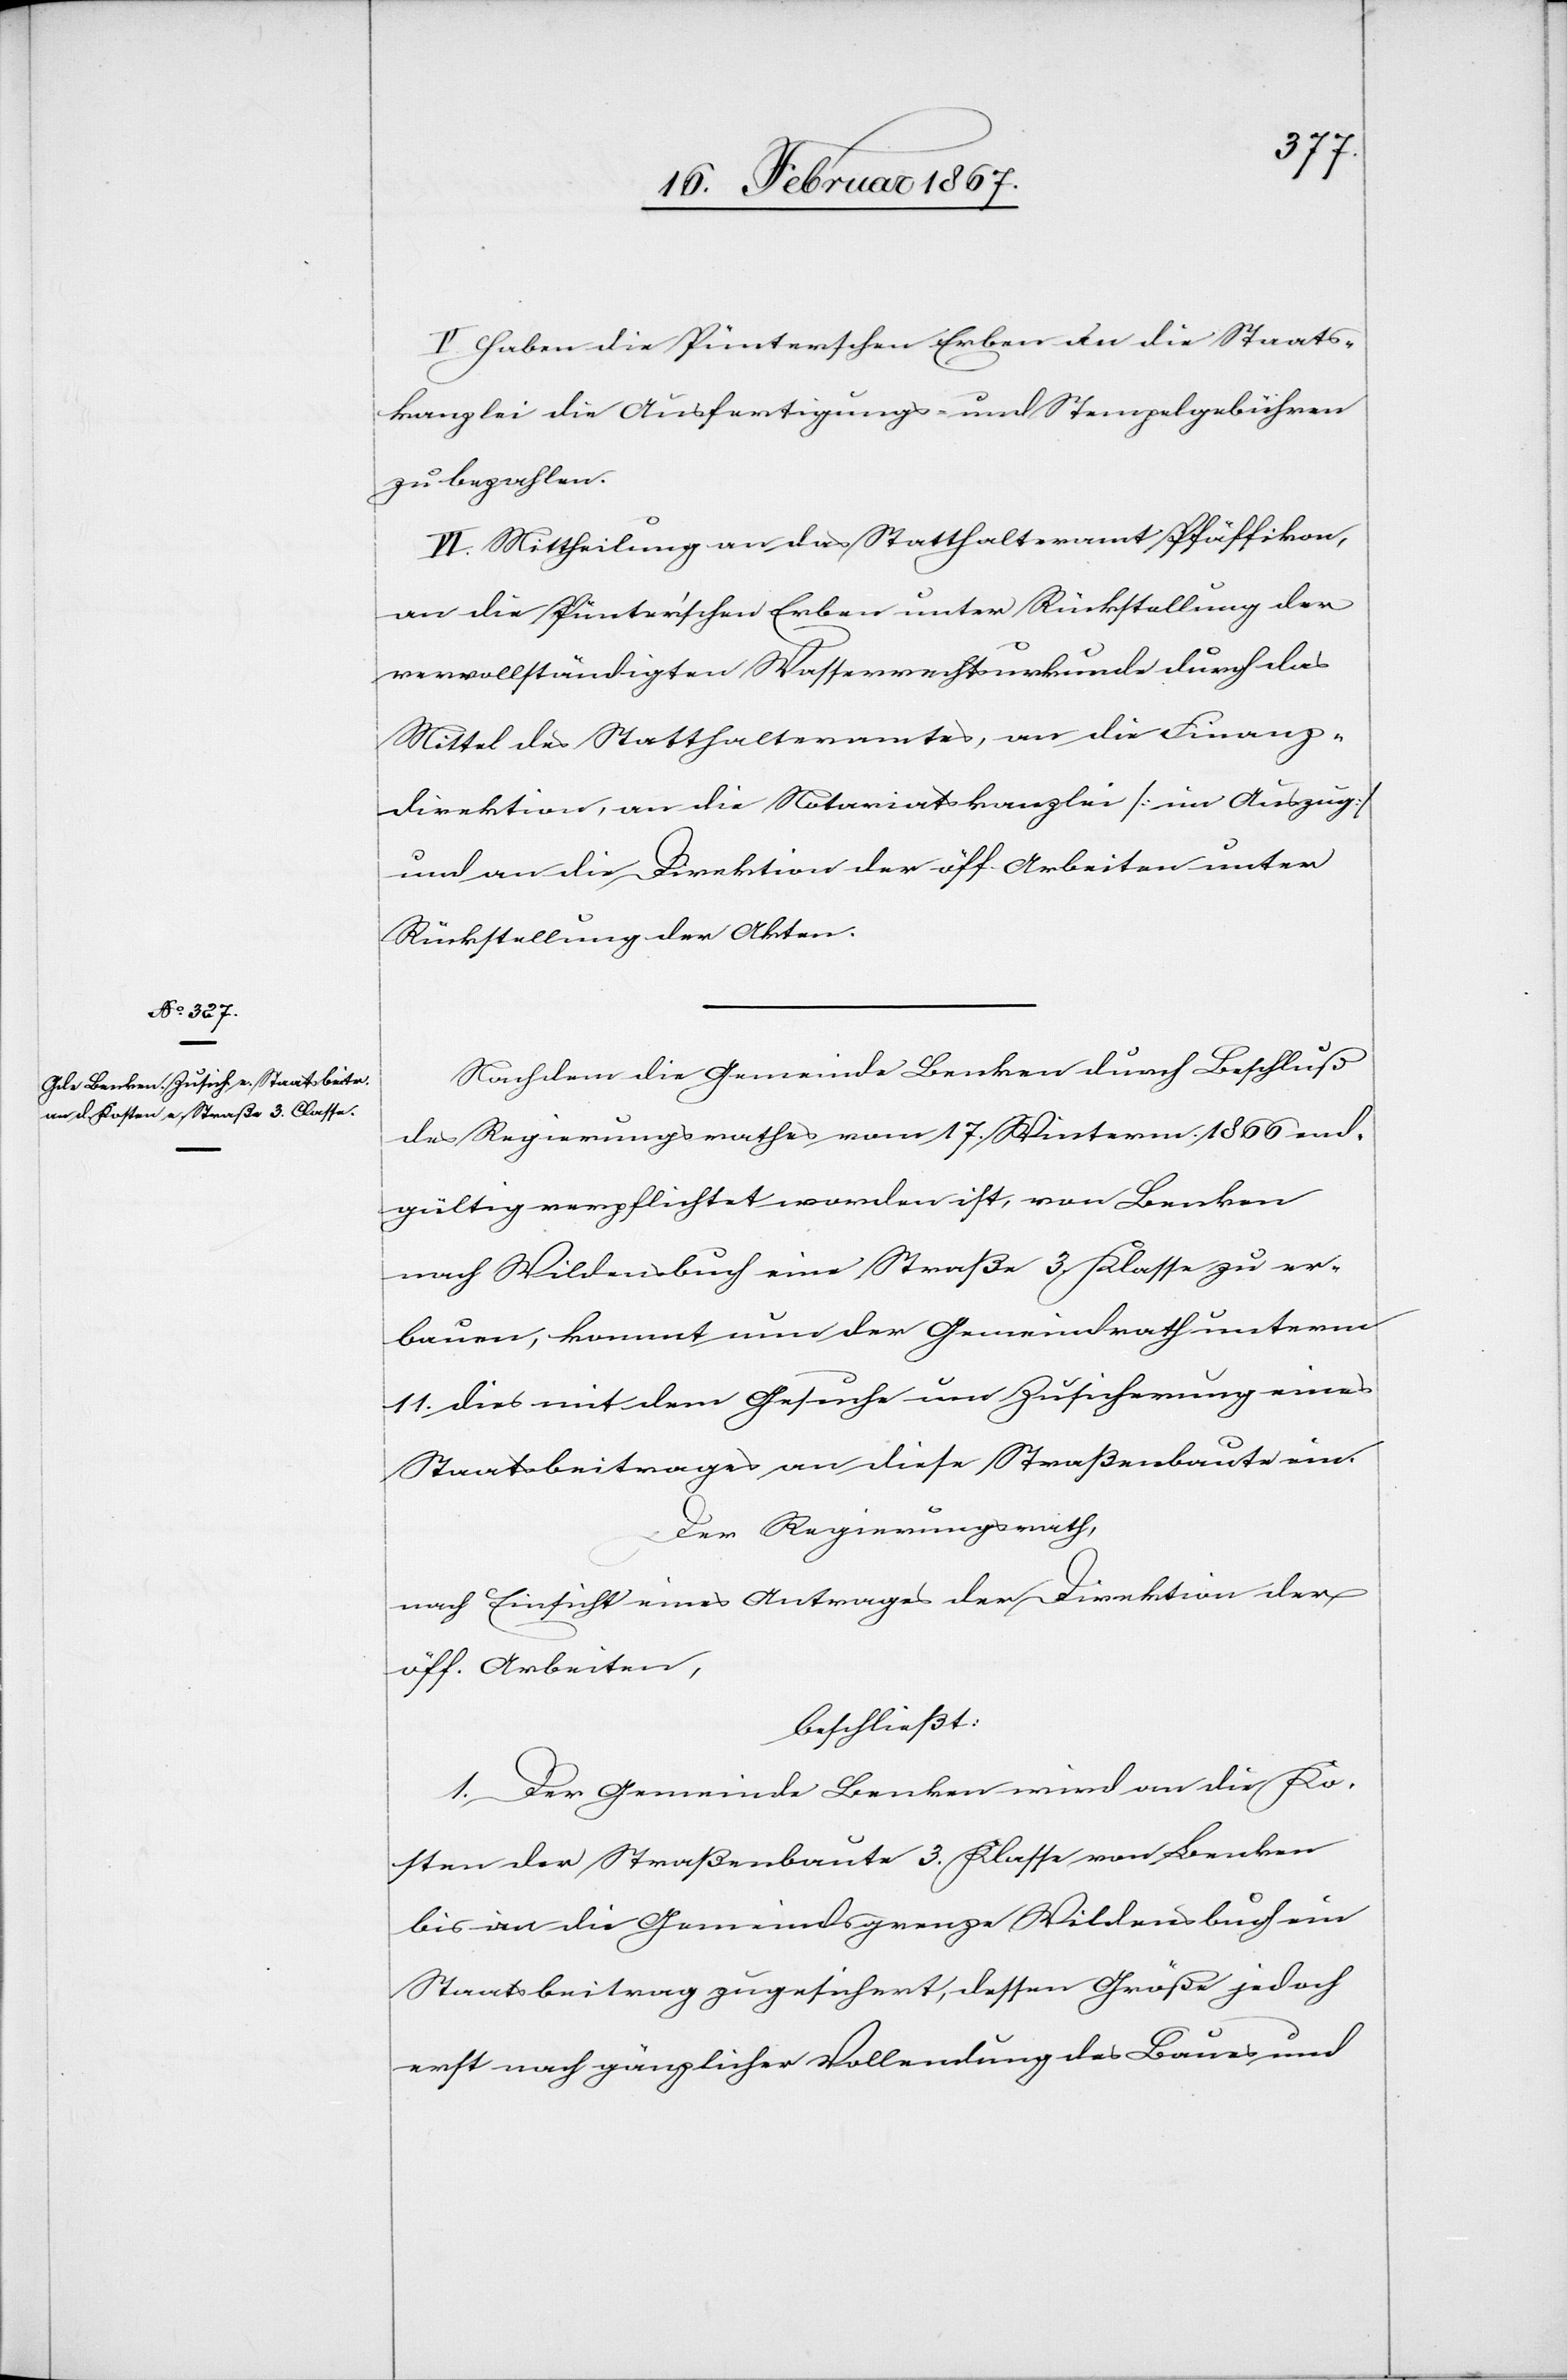
V. Haben die Pünterschen Erben an die Staats¬
kanzlei die Ausfertigungs- und Stempelgebühren
zu bezahlen
VI. Mittheilung an das Statthalteramt Pfäffikon,
an die Pünter’schen Erben unter Rückstellung der
vervollständigten Wasserrechtsurkunde durch das
Mittel des Statthalteramtes, an die Finanz¬
direktion, an die Notariatskanzlei [im Auszug]
und an die Direktion der öff. Arbeiten unter
Rückstellung der Akten.
Nachdem die Gemeinde Benken durch Beschluß
des Regierungsrathes vom 17 Winterm. 1866 end¬
gültig verpflichtet worden ist, von Benken
nach Wildensbuch eine Straße 3. Klasse zu er¬
bauen, kommt nun der Gemeindrath unterm
11. dies mit dem Gesuche um Zusicherung eines
Staatsbeitrages an diese Straßenbaute ein.
Der Regierungsrath,
nach Einsicht eines Antrages der Direktion der
öff. Arbeiten,
beschließt:
1. Der Gemeinde Benken wird an die Ko¬
sten der Straßenbaute 3. Klasse von Benken
bis an die Gemeindsgrenze Wildensbuch ein
Staatsbeitrag zugesichert, dessen Größe jedoch
erst nach gänzlicher Vollendung des Baues und